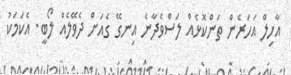
އާހިލް އަހަރެން ތަންކޮޅެއް ލަސްވެދާނެ އިނގޭ ގެއަަށް ދެވޭލެއް ލޯބީ. އެކަމަކު